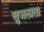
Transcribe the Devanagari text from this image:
खुजलाता